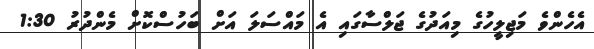
އެހެންވެ މަޖިލީހުގެ މިއަދުގެ ޖަލްސާގައި އެ މައްސަލަ އަށް ބަހުސްކޮށް މެންދުރު 1:30